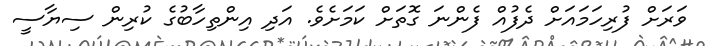
ވަަރަށް ފުރިހަމައަށް ދެފުއް ފެންނަ ގޮތަށް ކަމަށެވެ. އަދި އިންތިހާބުގެ ކުރިން ސިޔާސީ